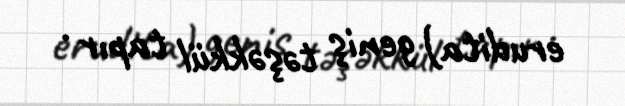
erudita) geniş təşəkkül tapır .